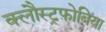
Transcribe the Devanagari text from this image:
क्लौस्ट्रफ़ोबिया